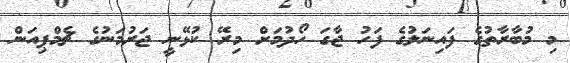
މި މުބާރާތުގެ ފައިނަލުގެ ފަހު ޖާގަ ހޯދުމަށް މިރޭ ކުޅޭނީ ޖަރުމަނުގެ ޗެމްޕިއަން